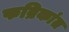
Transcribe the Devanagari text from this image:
फब्रिकांत